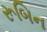
રૂબિન